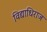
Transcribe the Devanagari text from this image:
विद्याधिराज